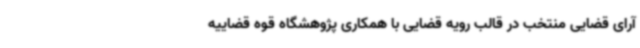
آرای قضایی منتخب در قالب رویه قضایی با همکاری پژوهشگاه قوه قضاییه